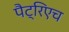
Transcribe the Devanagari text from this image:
पैट्रिएच